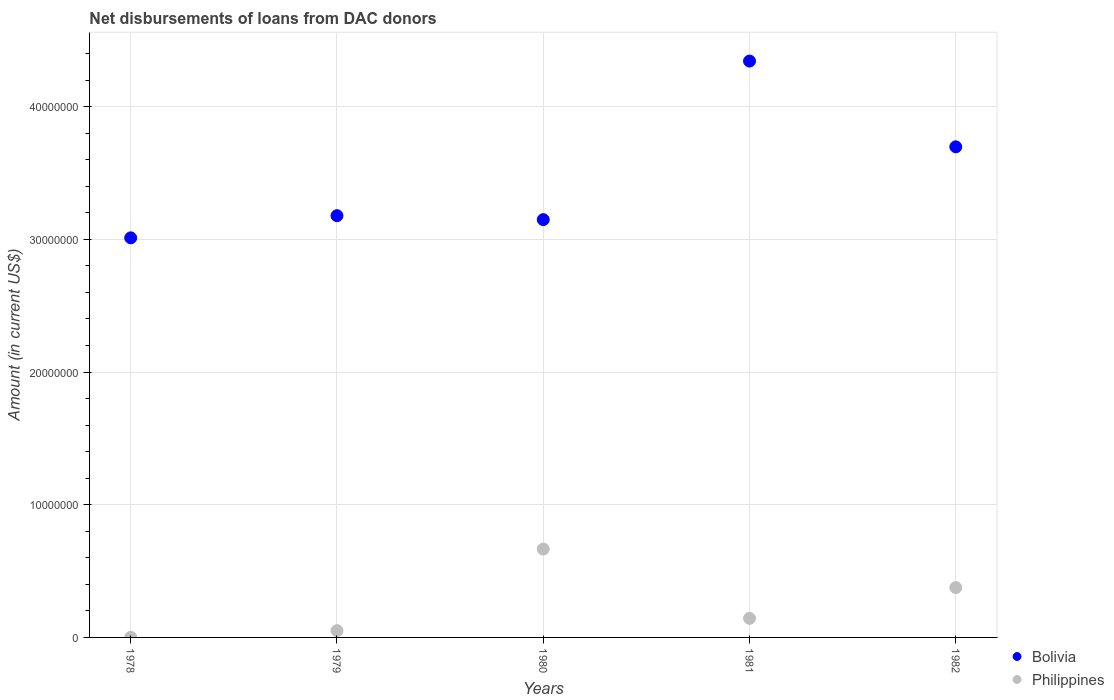
| Years | Bolivia | Philippines |
 | --- | --- | --- |
 | 1978 | 3.01e+07 | 8e+03 |
 | 1979 | 3.18e+07 | 5.11e+05 |
 | 1980 | 3.15e+07 | 6.66e+06 |
 | 1981 | 4.34e+07 | 1.44e+06 |
 | 1982 | 3.7e+07 | 3.76e+06 |